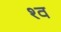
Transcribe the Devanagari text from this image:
श्‍व